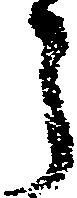
う